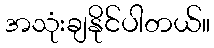
အသုံးချနိုင်ပါတယ်။